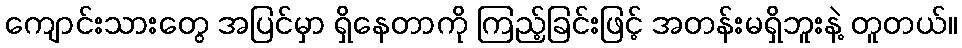
ကျောင်းသားတွေ အပြင်မှာ ရှိနေတာကို ကြည့်ခြင်းဖြင့် အတန်းမရှိဘူးနဲ့ တူတယ်။